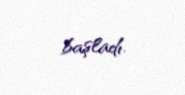
başladı.